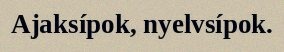
Ajaksípok, nyelvsípok.